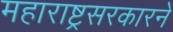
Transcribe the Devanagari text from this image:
महाराष्ट्रसरकारने